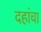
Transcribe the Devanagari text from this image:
दहांचा